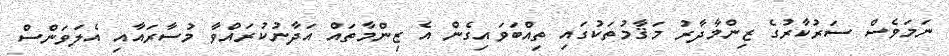
ނަމަވެސް ސަރުކާރުގެ ޒިންމާދާރު މަޤާމުތަކުގައި ތިއްބަވައިގެން އެ ޒިންމާތައް އަދާނުކުރައްވާ މުސާރައާއި އެލަވަންސް